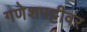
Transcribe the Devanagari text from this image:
गणेशपट्टीवर